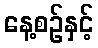
နေ့စဉ်နှင့်